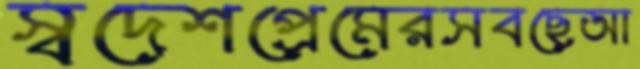
স্বদেশপ্রেমেরসবছেআ